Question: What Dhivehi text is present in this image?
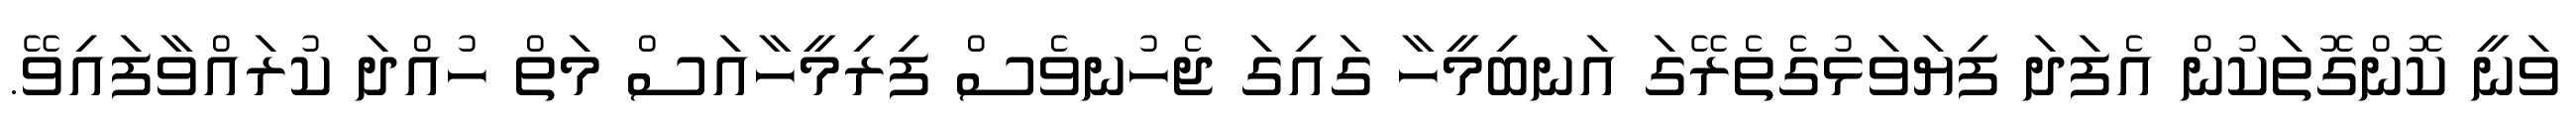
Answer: ވަނީ ކޮންގޮތަކުން އެފަދަ ފިޔަވަޅުގެތެރޭގަ އަނބިމީހާ ގައިގަ ޖެހުނވެސް ފިރިމީހާއަސް މަތް ހުއްދަ ކުރައްވާފައިވޭ.